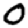
Digit: 0